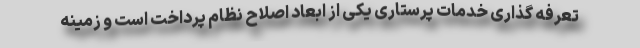
تعرفه گذاری خدمات پرستاری یکی از ابعاد اصلاح نظام پرداخت است و زمینه